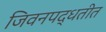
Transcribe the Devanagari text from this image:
जिवनपद्धतीत